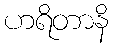
ဟရိတာနိ